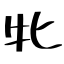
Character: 牝